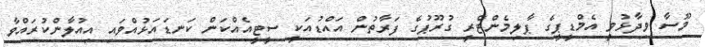
މޫސާ ވިދާޅުވީ އެމްޑީޕީގެ ޕާލިމެންޓްރީ ގުރޫޕުގެ ފަރާތުން އައްޑުއަކީ ސީޓީއެއްކަން ކަނޑައަޅުއްވައި އިއުލާންކުރައްވާ